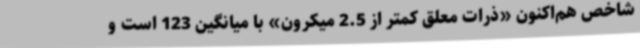
شاخص هم‌اکنون «ذرات معلق کمتر از 2.5 میکرون» با میانگین 123 است‌ و